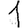
Digit: 1